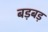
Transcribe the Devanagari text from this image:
बड़बड़